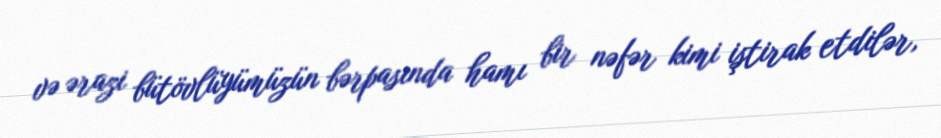
və ərazi bütövlüyümüzün bərpasında hamı bir nəfər kimi iştirak etdilər,